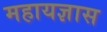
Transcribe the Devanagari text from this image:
महायज्ञास